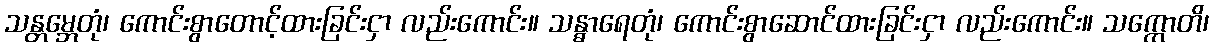
သန္တမ္ဘေတုံ၊ ကောင်းစွာတောင့်ထားခြင်းငှာ လည်းကောင်း။ သန္ဓာရေတုံ၊ ကောင်းစွာဆောင်ထားခြင်းငှာ လည်းကောင်း။ သက္ကောတိ၊